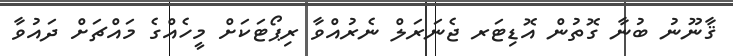
ޤާނޫނު ބުނާ ގޮތުން އޮޑިޓަރ ޖެނަރަލް ނެރުއްވާ ރިޕޯޓަކަށް މީހެއްގެ މައްޗަށް ދައުވާ